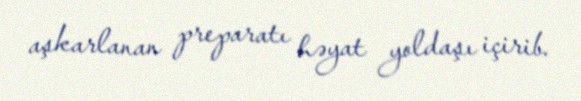
aşkarlanan preparatı həyat yoldaşı içirib.